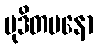
မုဒိတမနော